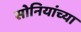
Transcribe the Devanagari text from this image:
सोनियांच्या